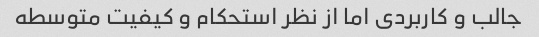
جالب و کاربردی اما از نظر استحکام و کیفیت متوسطه